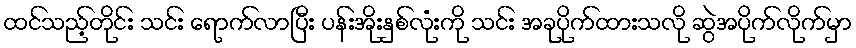
ထင်သည့်တိုင်း သင်း ရောက်လာပြီး ပန်းအိုးနှစ်လုံးကို သင်း အခုပိုက်ထားသလို ဆွဲအပိုက်လိုက်မှာ